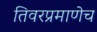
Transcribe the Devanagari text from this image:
तिवरप्रमाणेच